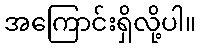
အကြောင်းရှိလို့ပါ။